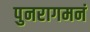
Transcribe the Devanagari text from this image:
पुनरागमनं